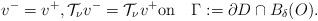
LaTeX: \begin{align*}v^-=v^+, \mathcal{T}_{\nu} v^-=\mathcal{T}_{\nu} v^+\mbox{on}\quad\Gamma:=\partial D\cap B_\delta(O).\end{align*}